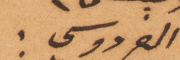
الفردوسي: صدقوا يا مولاي.